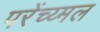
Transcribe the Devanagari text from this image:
परेंच्य्मल